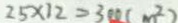
2 5 \times 1 2 = 3 0 0 ( m ^ { 2 } )